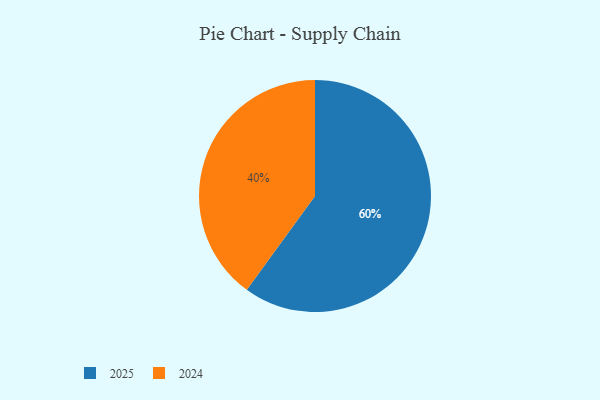
{"axis": {"x": "Category", "y": "Percentage"}, "legend": ["2024", "2025"], "data": [{"x": "2025", "y": 60, "type": "2025"}, {"x": "2024", "y": 40, "type": "2024"}]}